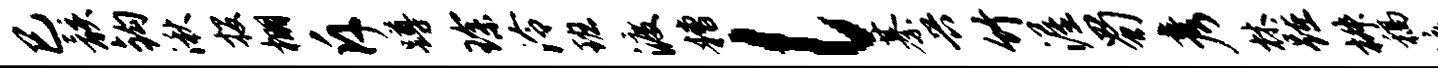
巳骸钩湫投棚斥蹲琛泠班渡糟l綦兴竹渥蜀彦林踵椒稿液